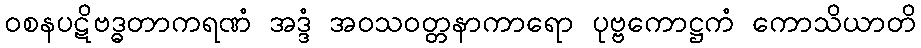
ဝစနပဋိဗဒ္ဓတာကရဏံ အဒ္ဒံ အဝသဝတ္တနာကာရော ပုဗ္ဗကောဋ္ဌကံ ကောသိယာတိ